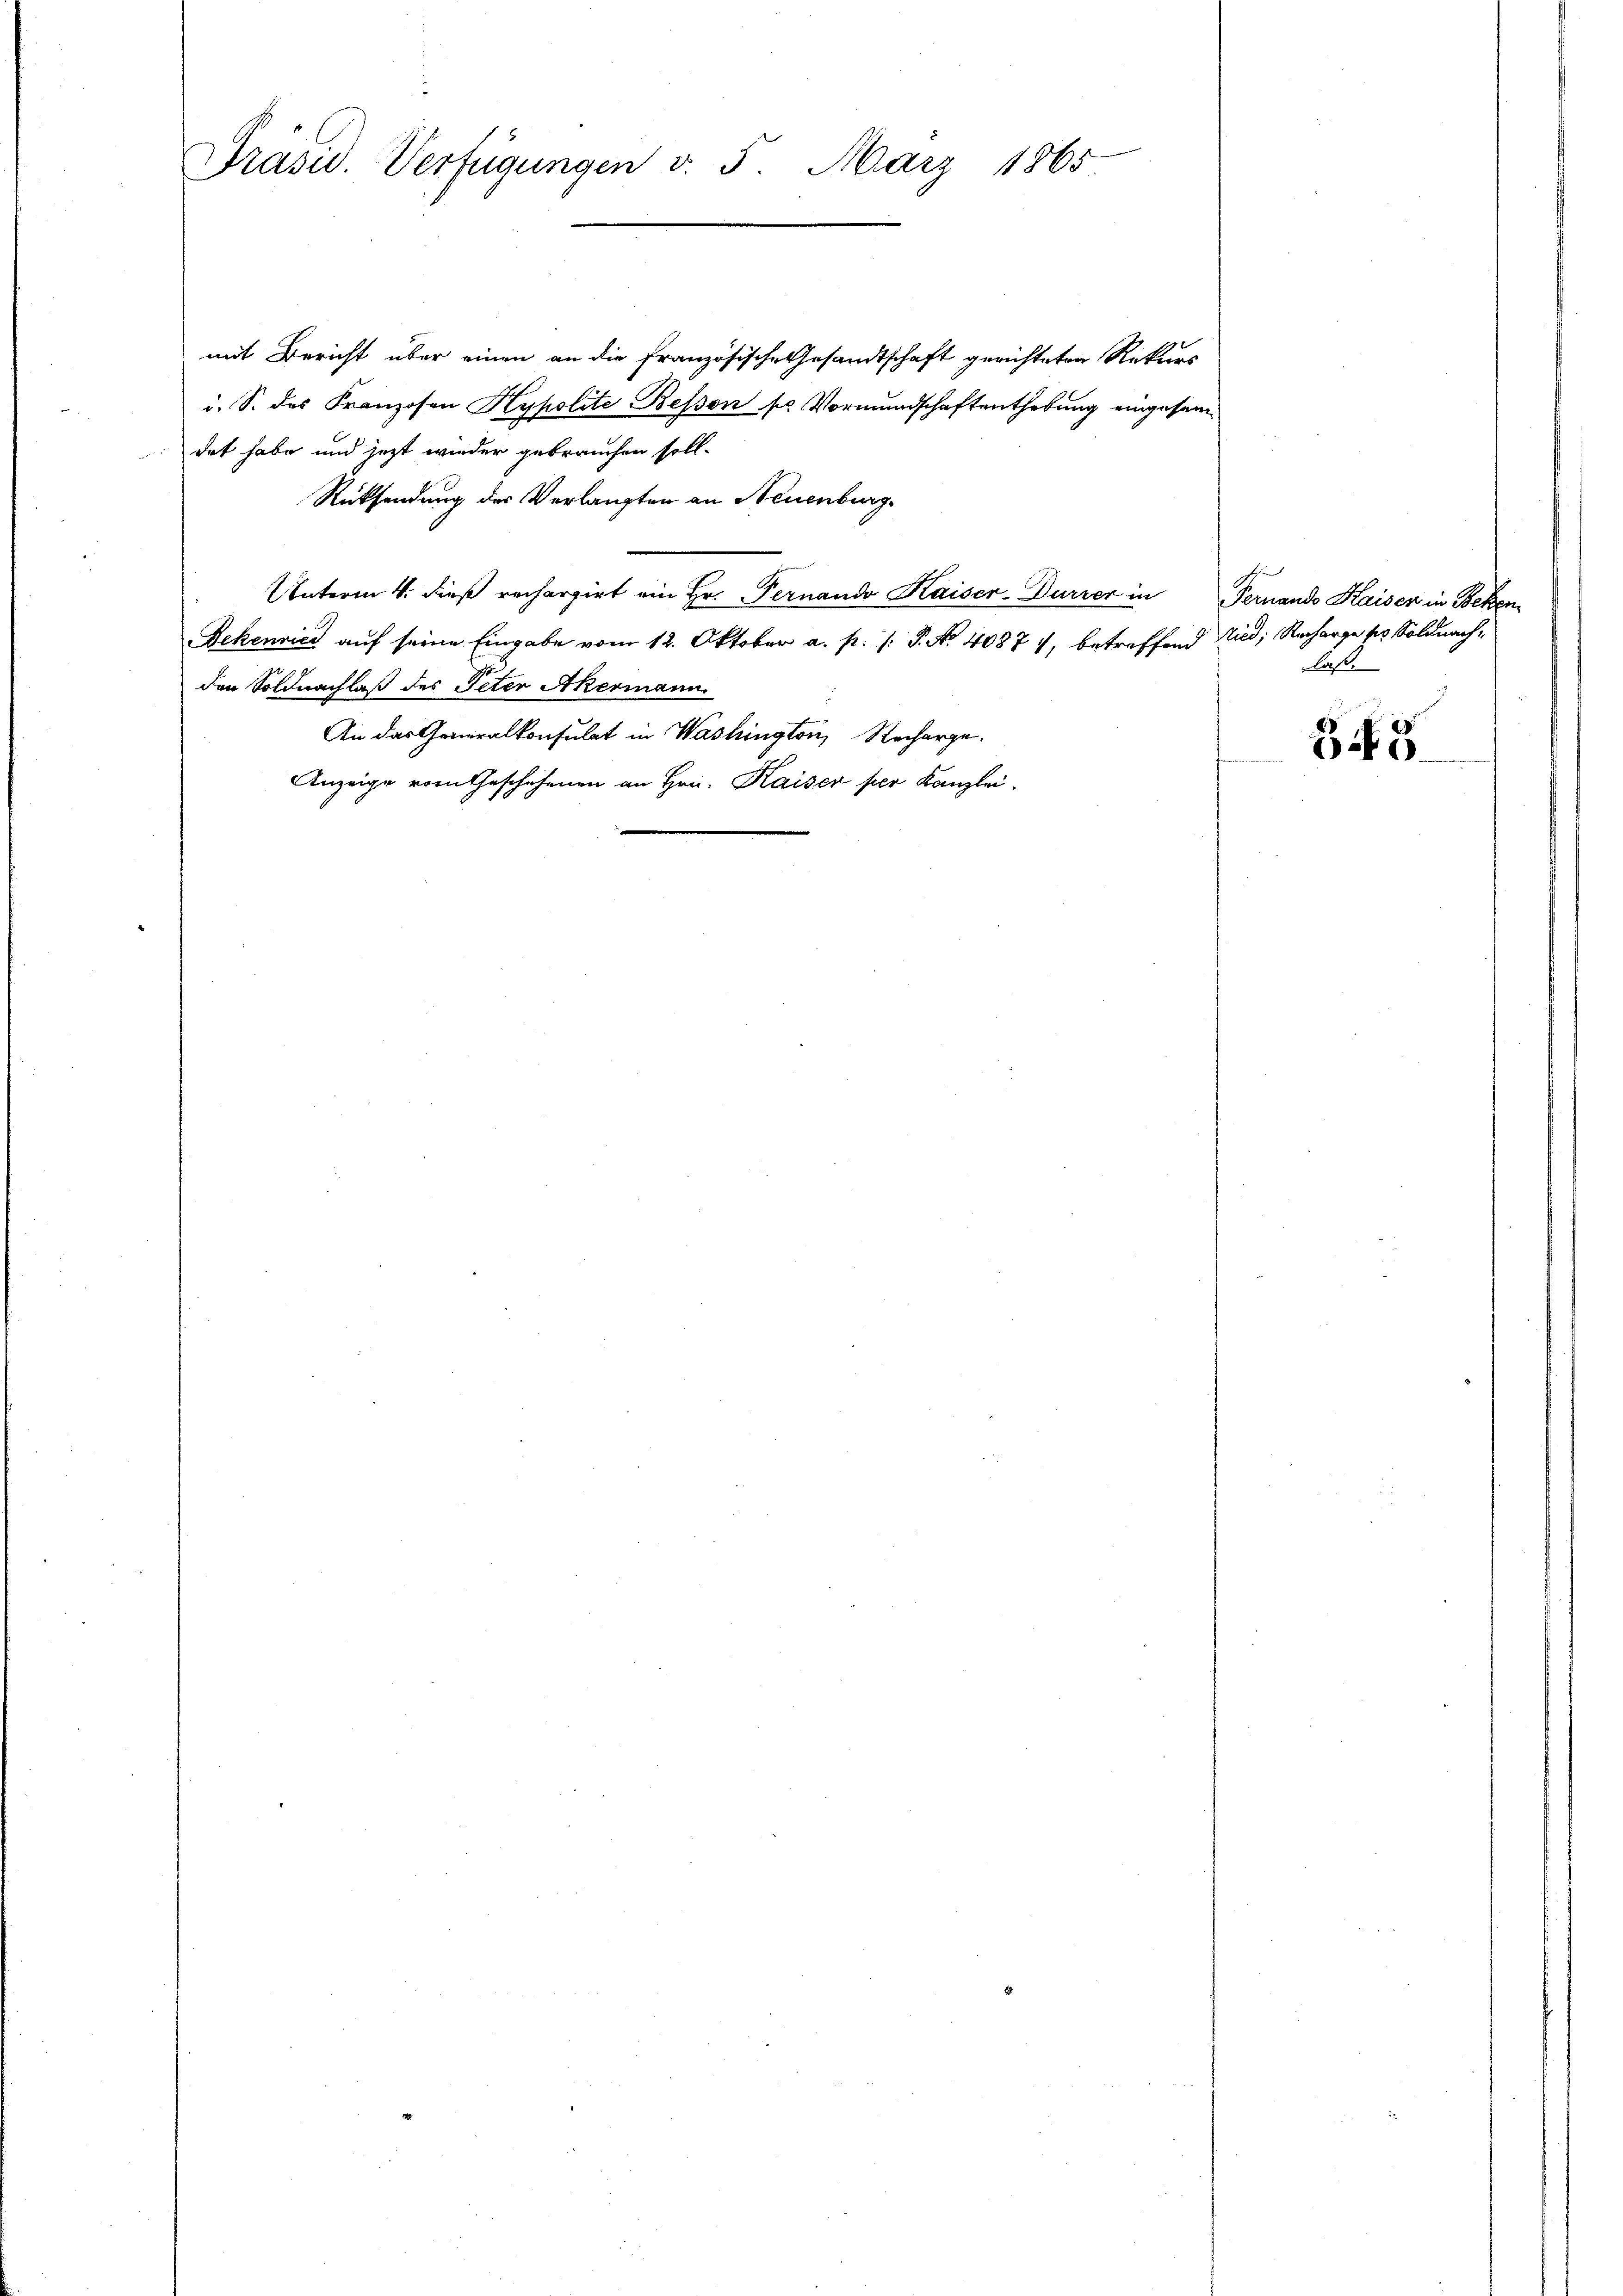
mit Bericht über einen an die französische Gesandtschaft gerichteten Rekurs
i. S. des Franzosen Hypolite Bessen sr Vormundschaftenthebung eingesamdet habe und jezt wieder gebrauchen soll-
Rücksendung der Verlangten an Neuenburg.
Unterm 4. dieß rechargirt ein Hr. Fernando Kaiser-Durrer in Pernando Kaisen in Beken¬
Bekenries auf seine Eingabe vom 12. Oktober a. p. /: P. No 40871, betreffend Nied; Recharge pr. Soldnach¬
.
den Soldnachlaß des Peter Akermann
An das Generalkonsulat in Washington, Recharge.
Anzeige vom Geschehenen an Hrn. Kaiser per Kanzlei.

Präsid. Verfügungen v. 5. März 1865

laß.

345